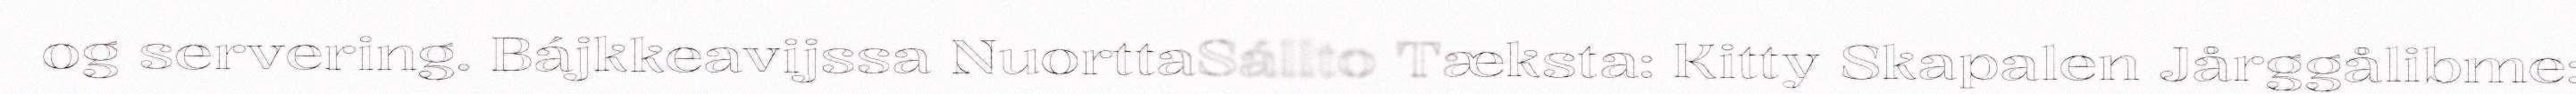
og servering. Bájkkeavijssa NuorttaSállto Tæksta: Kitty Skapalen Jårggålibme: